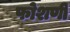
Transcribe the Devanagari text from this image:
फोशणी